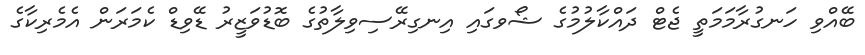
ބޭއްވި ހަނގުރާމަމަތީ ޖެޓް ދައްކާލުމުގެ ޝޯވގައި އިނގިރޭސިވިލާތުގެ ބޮޑުވަޒީރު ޑޭވިޑް ކެމަރަން އެމެރިކާގެ